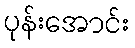
ပုန်းအောင်း